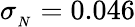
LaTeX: \sigma_{{}_{N}}=0.046